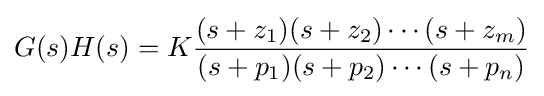
G(s)H(s)=K{\frac {(s+z_{1})(s+z_{2})\cdots (s+z_{m})}{(s+p_{1})(s+p_{2})\cdots (s+p_{n})}}